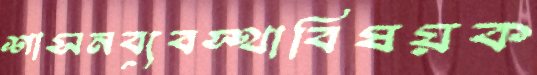
শাসনব্যবস্থাবিষয়ক